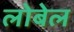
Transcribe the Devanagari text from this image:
लोबेल